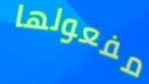
مفعولها